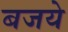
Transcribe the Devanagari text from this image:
बजये